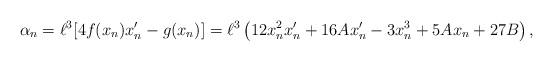
LaTeX: \begin{align*}\alpha_n = \ell^3 [ 4 f(x_n) x_n^\prime -g(x_n) ] = \ell^3 \left ( 12x_n^2 x_n^\prime + 16 A x_n^\prime - 3x_n^3 + 5A x_n + 27 B \right ),\end{align*}